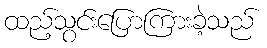
ထည့်သွင်းပြောကြားခဲ့သည်